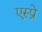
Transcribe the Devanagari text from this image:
एस्प्रे